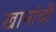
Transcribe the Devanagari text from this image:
खानांची